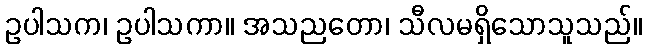
ဥပါသက၊ ဥပါသကာ။ အသညတော၊ သီလမရှိသောသူသည်။